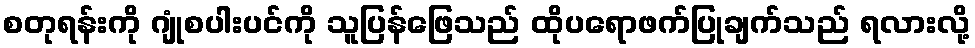
စတုရန်းကို ဂျုံစပါးပင်ကို သူပြန်ဖြေသည် ထိုပရောဖက်ပြုချက်သည် ရလားလို့